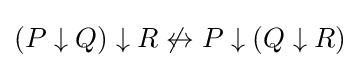
(P\downarrow Q)\downarrow R\not \leftrightarrow P\downarrow (Q\downarrow R)